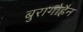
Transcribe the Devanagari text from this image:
बुरागोहैन